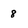
Character: 8